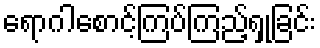
ရောဂါစောင့်ကြပ်ကြည့်ရှုခြင်း